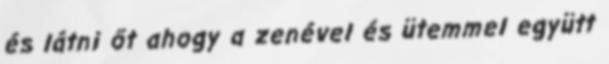
és látni őt ahogy a zenével és ütemmel együtt